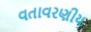
વતાવરણીય